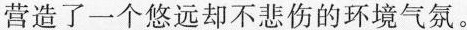
营造了一个悠远却不悲伤的环境气氛。